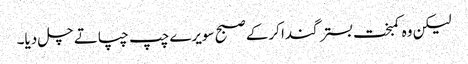
لیکن وہ کمبخت بستر گندا کرکے صبح سویرے چپ چپاتے چل دیا۔